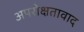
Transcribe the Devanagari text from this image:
अपरोक्षतावाद